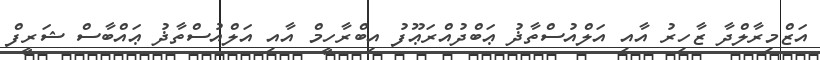
އަޒްމިރާލްދާ ޒާހިރު އާއި އަލްއުސްތާޛު ޢަބްދުއްރަޢޫފު އިބްރާހީމް އާއި އަލްއުސްތާޛު ޢައްބާސް ޝަރީފް